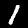
Digit: 1